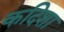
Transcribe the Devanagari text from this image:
कदिशा